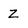
Character: z